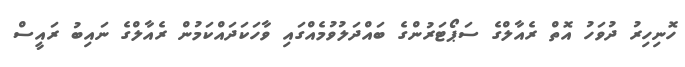
ހޮނިހިރު ދުވަހު އޮތް ރެއާލްގެ ސަޕޯޓަރުންގެ ބައްދަލުވުމެއްގައި ވާހަކަދައްކަމުން ރެއާލްގެ ނައިބު ރައީސް